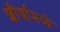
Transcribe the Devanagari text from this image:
शीर्षामध्ये